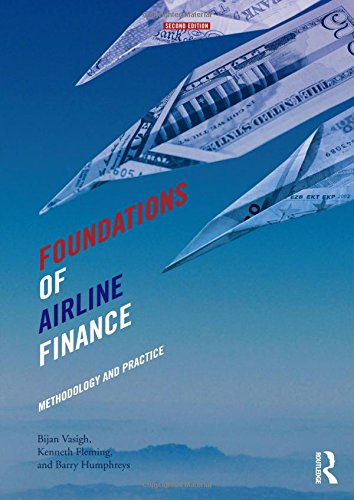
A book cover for Foundations of Airline Finance: Methodology and Practice; Bijan Vasigh; Business & Money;